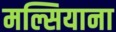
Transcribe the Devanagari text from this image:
मल्सियाना